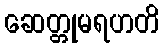
ဆေတ္တုမရဟတိ